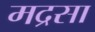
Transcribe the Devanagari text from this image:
मद्रसा